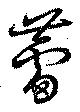
蕾